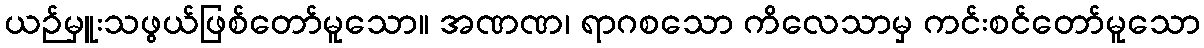
ယဉ်မှူးသဖွယ်ဖြစ်တော်မူသော။ အဏဏ၊ ရာဂစသော ကိလေသာမှ ကင်းစင်တော်မူသော